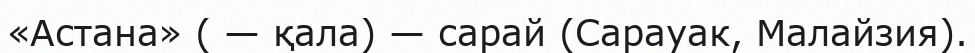
«Астана» ( — қала) — сарай (Сарауак, Малайзия).